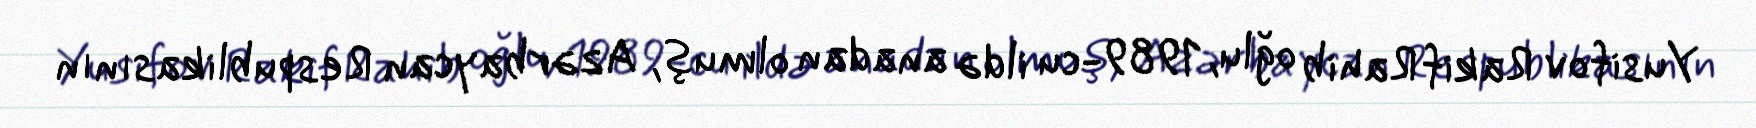
Yusifov Rakif Rahib oğlu, 1989-cu ildə anadan olmuş, Azərbaycan Respublikasının